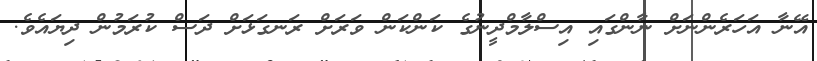
އޭނާ އަހަރެންނަށް ނާންގައި އިސްލާމްދީނުގެ ކަންކަން ވަރަށް ރަނގަޅަށް ދަސް ކުރަމުން ދިޔައެވެ.